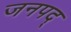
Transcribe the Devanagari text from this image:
जनपद्